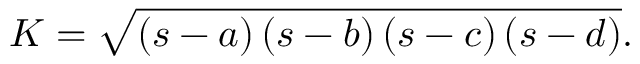
K = { \sqrt { \left( s - a \right) \left( s - b \right) \left( s - c \right) \left( s - d \right) } } .